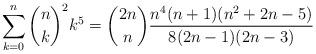
LaTeX: \begin{align*} \sum_{k=0}^n \binom{n}{k}^2 k^5 = \binom{2n}{n} \frac{n^4(n+1)(n^2+2n-5)}{8(2n-1)(2n-3)}\end{align*}